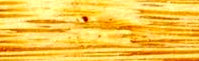
Pharmacy